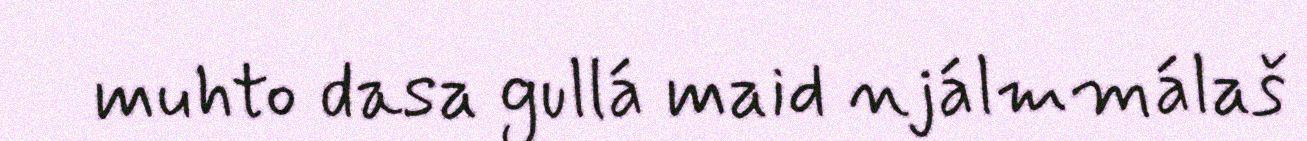
muhto dasa gullá maid njálmmálaš